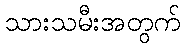
သားသမီးအတွက်